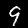
Label: 9